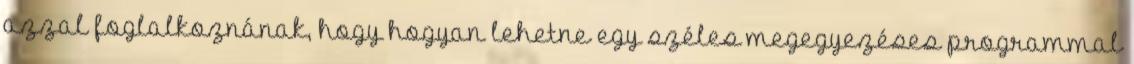
azzal foglalkoznának, hogy hogyan lehetne egy széles megegyezéses programmal